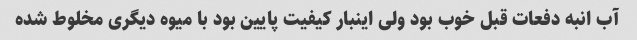
آب انبه دفعات قبل خوب بود ولی اینبار کیفیت پایین بود با میوه دیگری مخلوط شده